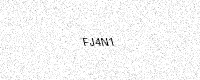
Text: FJ4N1